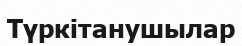
Түркітанушылар